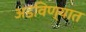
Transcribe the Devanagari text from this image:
अडविण्यात